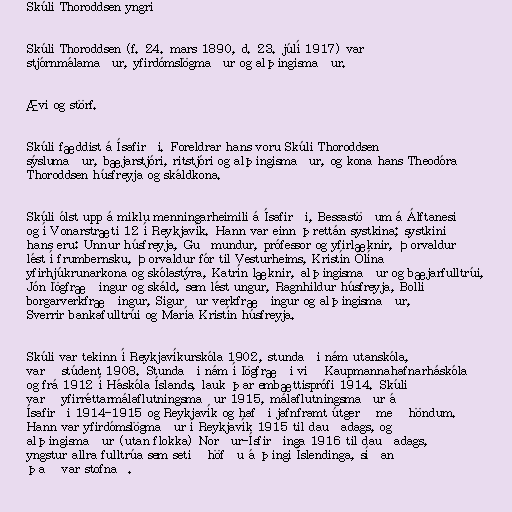
Skúli Thoroddsen yngri

Skúli Thoroddsen (f. 24. mars 1890, d. 23. júlí 1917) var
stjórnmálamaður, yfirdómslögmaður og alþingismaður.

Ævi og störf.

Skúli fæddist á Ísafirði. Foreldrar hans voru Skúli Thoroddsen
sýslumaður, bæjarstjóri, ritstjóri og alþingismaður, og kona hans Theodóra
Thoroddsen húsfreyja og skáldkona.

Skúli ólst upp á miklu menningarheimili á Ísafirði, Bessastöðum á Álftanesi
og í Vonarstræti 12 í Reykjavík. Hann var einn þrettán systkina; systkini
hans eru: Unnur húsfreyja, Guðmundur, prófessor og yfirlæknir, Þorvaldur
lést í frumbernsku, Þorvaldur fór til Vesturheims, Kristín Ólína
yfirhjúkrunarkona og skólastýra, Katrín læknir, alþingismaður og bæjarfulltrúi,
Jón lögfræðingur og skáld, sem lést ungur, Ragnhildur húsfreyja, Bolli
borgarverkfræðingur, Sigurður verkfræðingur og alþingismaður,
Sverrir bankafulltrúi og María Kristín húsfreyja.

Skúli var tekinn í Reykjavíkurskóla 1902, stundaði nám utanskóla,
varð stúdent 1908. Stundaði nám í lögfræði við Kaupmannahafnarháskóla
og frá 1912 í Háskóla Íslands, lauk þar embættisprófi 1914. Skúli
varð yfirréttarmálaflutningsmaður 1915, málaflutningsmaður á
Ísafirði 1914-1915 og Reykjavík og hafði jafnframt útgerð með höndum.
Hann var yfirdómslögmaður í Reykjavík 1915 til dauðadags, og
alþingismaður (utan flokka) Norður-Ísfirðinga 1916 til dauðadags,
yngstur allra fulltrúa sem setið höfðu á þingi Íslendinga, síðan
það var stofnað.